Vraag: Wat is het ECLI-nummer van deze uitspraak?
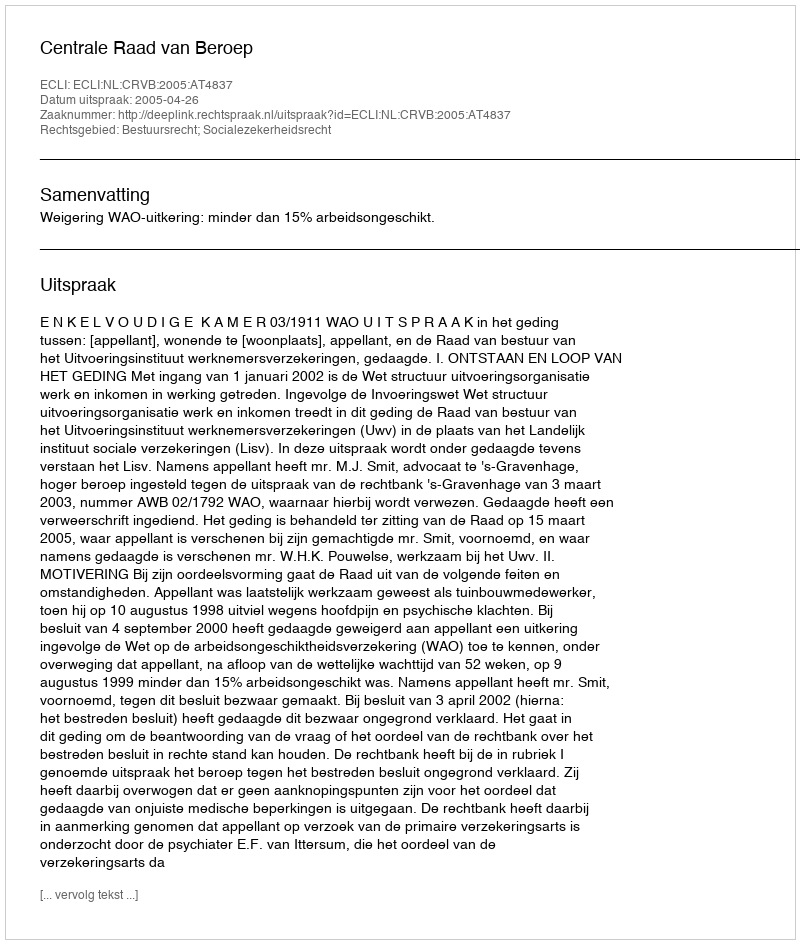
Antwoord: ECLI:NL:CRVB:2005:AT4837